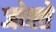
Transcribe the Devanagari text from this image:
जोह्ते